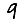
Digit: 9